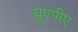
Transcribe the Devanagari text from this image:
युएपीए